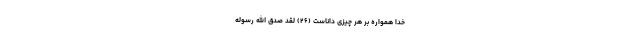
خدا همواره بر هر چيزى داناست (۲۶) لَقَدْ صَدَقَ اللَّهُ رَسُولَهُ